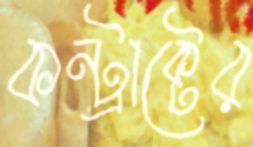
কন্ট্রাক্টের